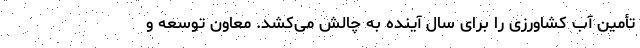
تأمین آب کشاورزی را برای سال آینده به چالش می‌کشد. معاون توسعه و